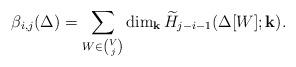
LaTeX: \begin{align*}\beta_{i,j}(\Delta) = \sum_{W \in {V \choose j}} \dim_{\mathbf{k}} \widetilde{H}_{j-i-1}(\Delta[W];\mathbf{k}).\end{align*}